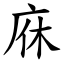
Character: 庥